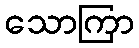
သောကြာ